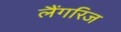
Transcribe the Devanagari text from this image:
लैंगरिज